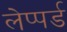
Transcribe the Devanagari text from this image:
लेप्पर्ड